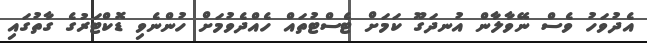
އެދުވަހު ވެސް ނޭވާލާން އުނދަގޫ ކަމަށް ޓެސްޓުތައް ހެއްދެވުމަށް ހުންނެވި ޑޮކްޓަރުގެ ގާތުގައި